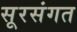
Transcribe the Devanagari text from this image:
सूरसंगत